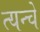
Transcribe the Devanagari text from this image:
त्यन्चे